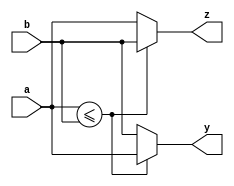
module swap_values(a, b, y, z);

parameter m = 255;
parameter SIZE = $clog2(m);

input [SIZE-1:0] a, b;
output [SIZE-1:0] y, z;

assign y = (a <= b) ? a : b;
assign z = (a <= b) ? b : a;

endmodule